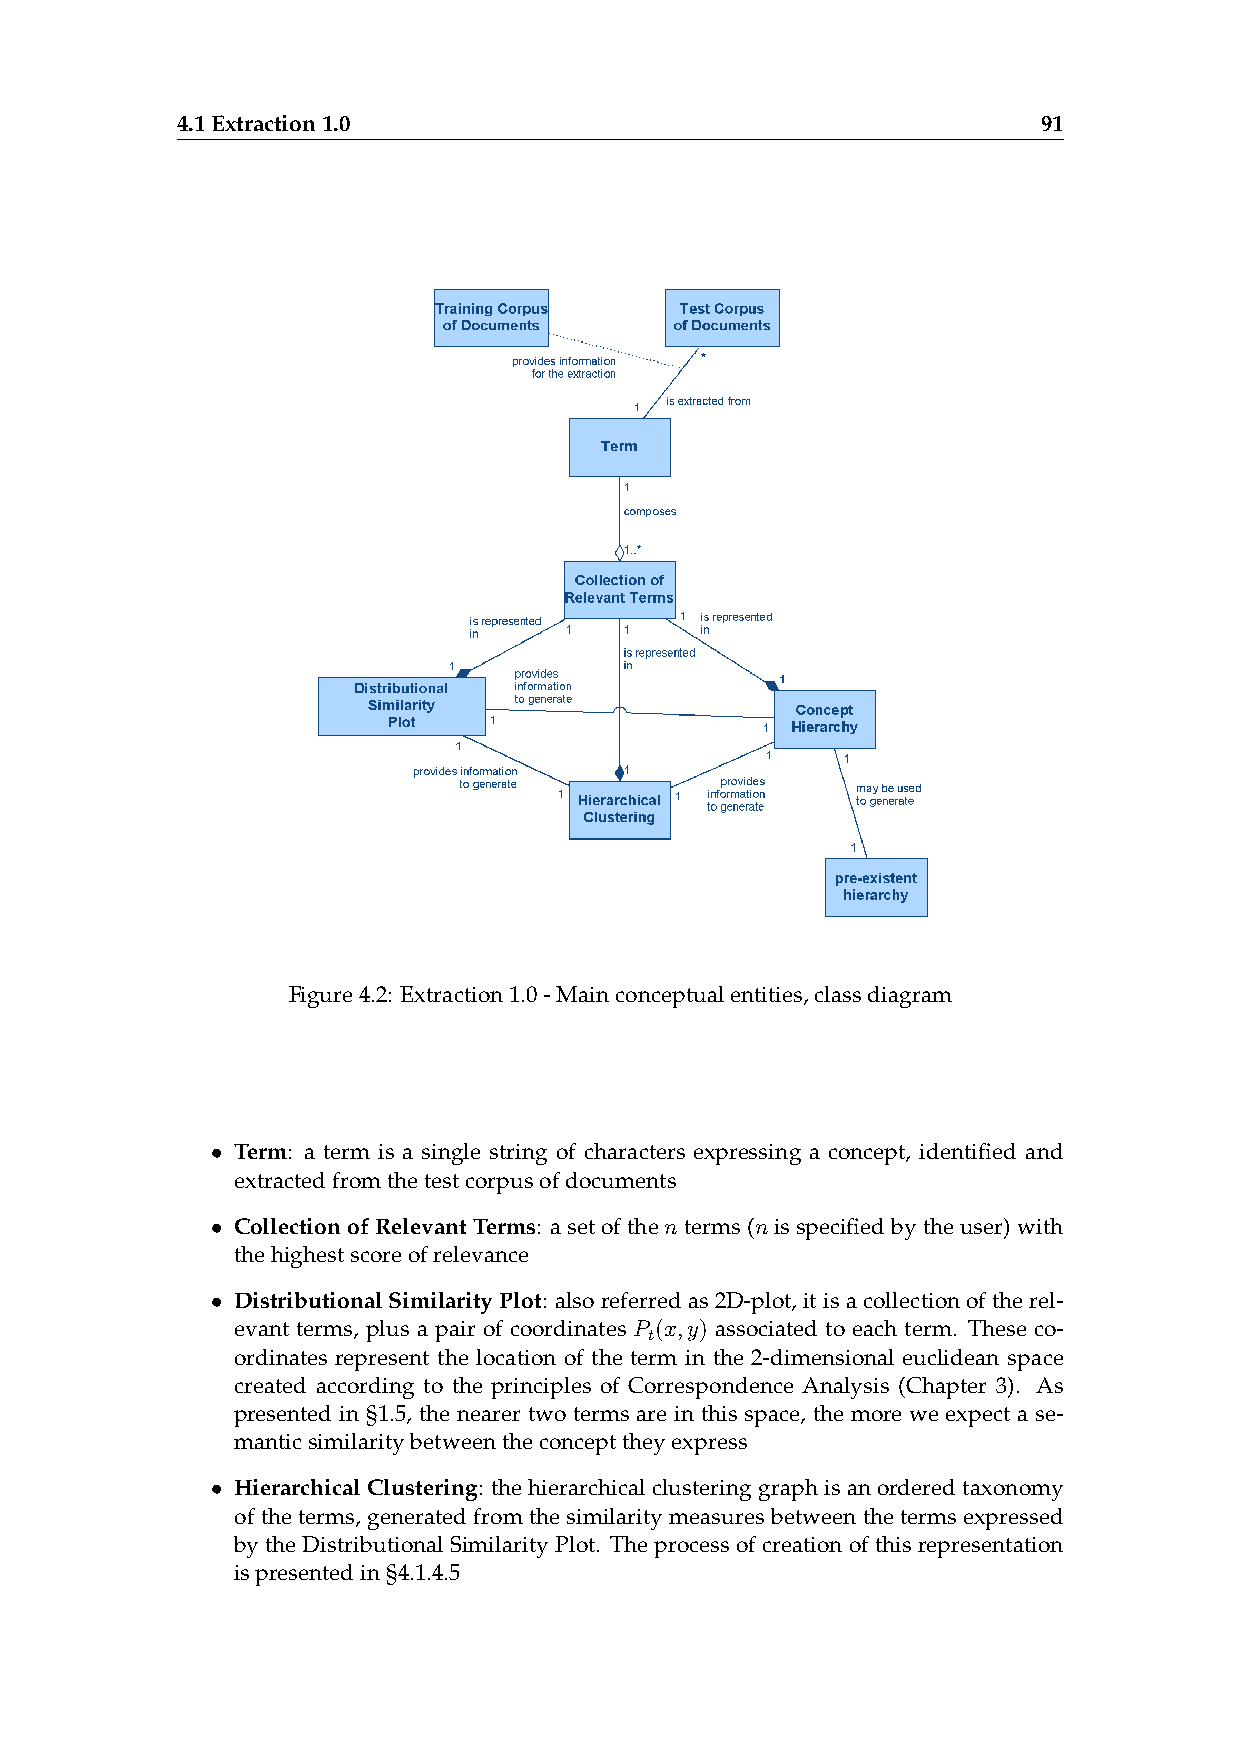
4.1Extraction1.0                                         91
 Figure4.2: Extraction1.0-Mainconceptualentities,classdiagram
 • Term: a term is a single string of characters expressing a concept, identified and
 extractedfromthetestcorpusofdocuments
 • CollectionofRelevantTerms: asetofthenterms(nisspecifiedbytheuser)with
 thehighestscoreofrelevance
 • DistributionalSimilarityPlot: alsoreferredas2D-plot,itisacollectionoftherel-
 evant terms, plus a pair of coordinates P (x,y) associated to each term. These co-
 t
 ordinates represent the location of the term in the 2-dimensional euclidean space
 created according to the principles of Correspondence Analysis (Chapter 3). As
 presented in §1.5, the nearer two terms are in this space, the more we expect a se-
 manticsimilaritybetweentheconcepttheyexpress
 • HierarchicalClustering: thehierarchicalclusteringgraphisanorderedtaxonomy
 of the terms, generated from the similarity measures between the terms expressed
 by the Distributional Similarity Plot. The process of creation of this representation
 ispresentedin§4.1.4.5